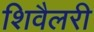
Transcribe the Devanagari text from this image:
शिवैलरी